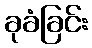
ခုခံခြင်း